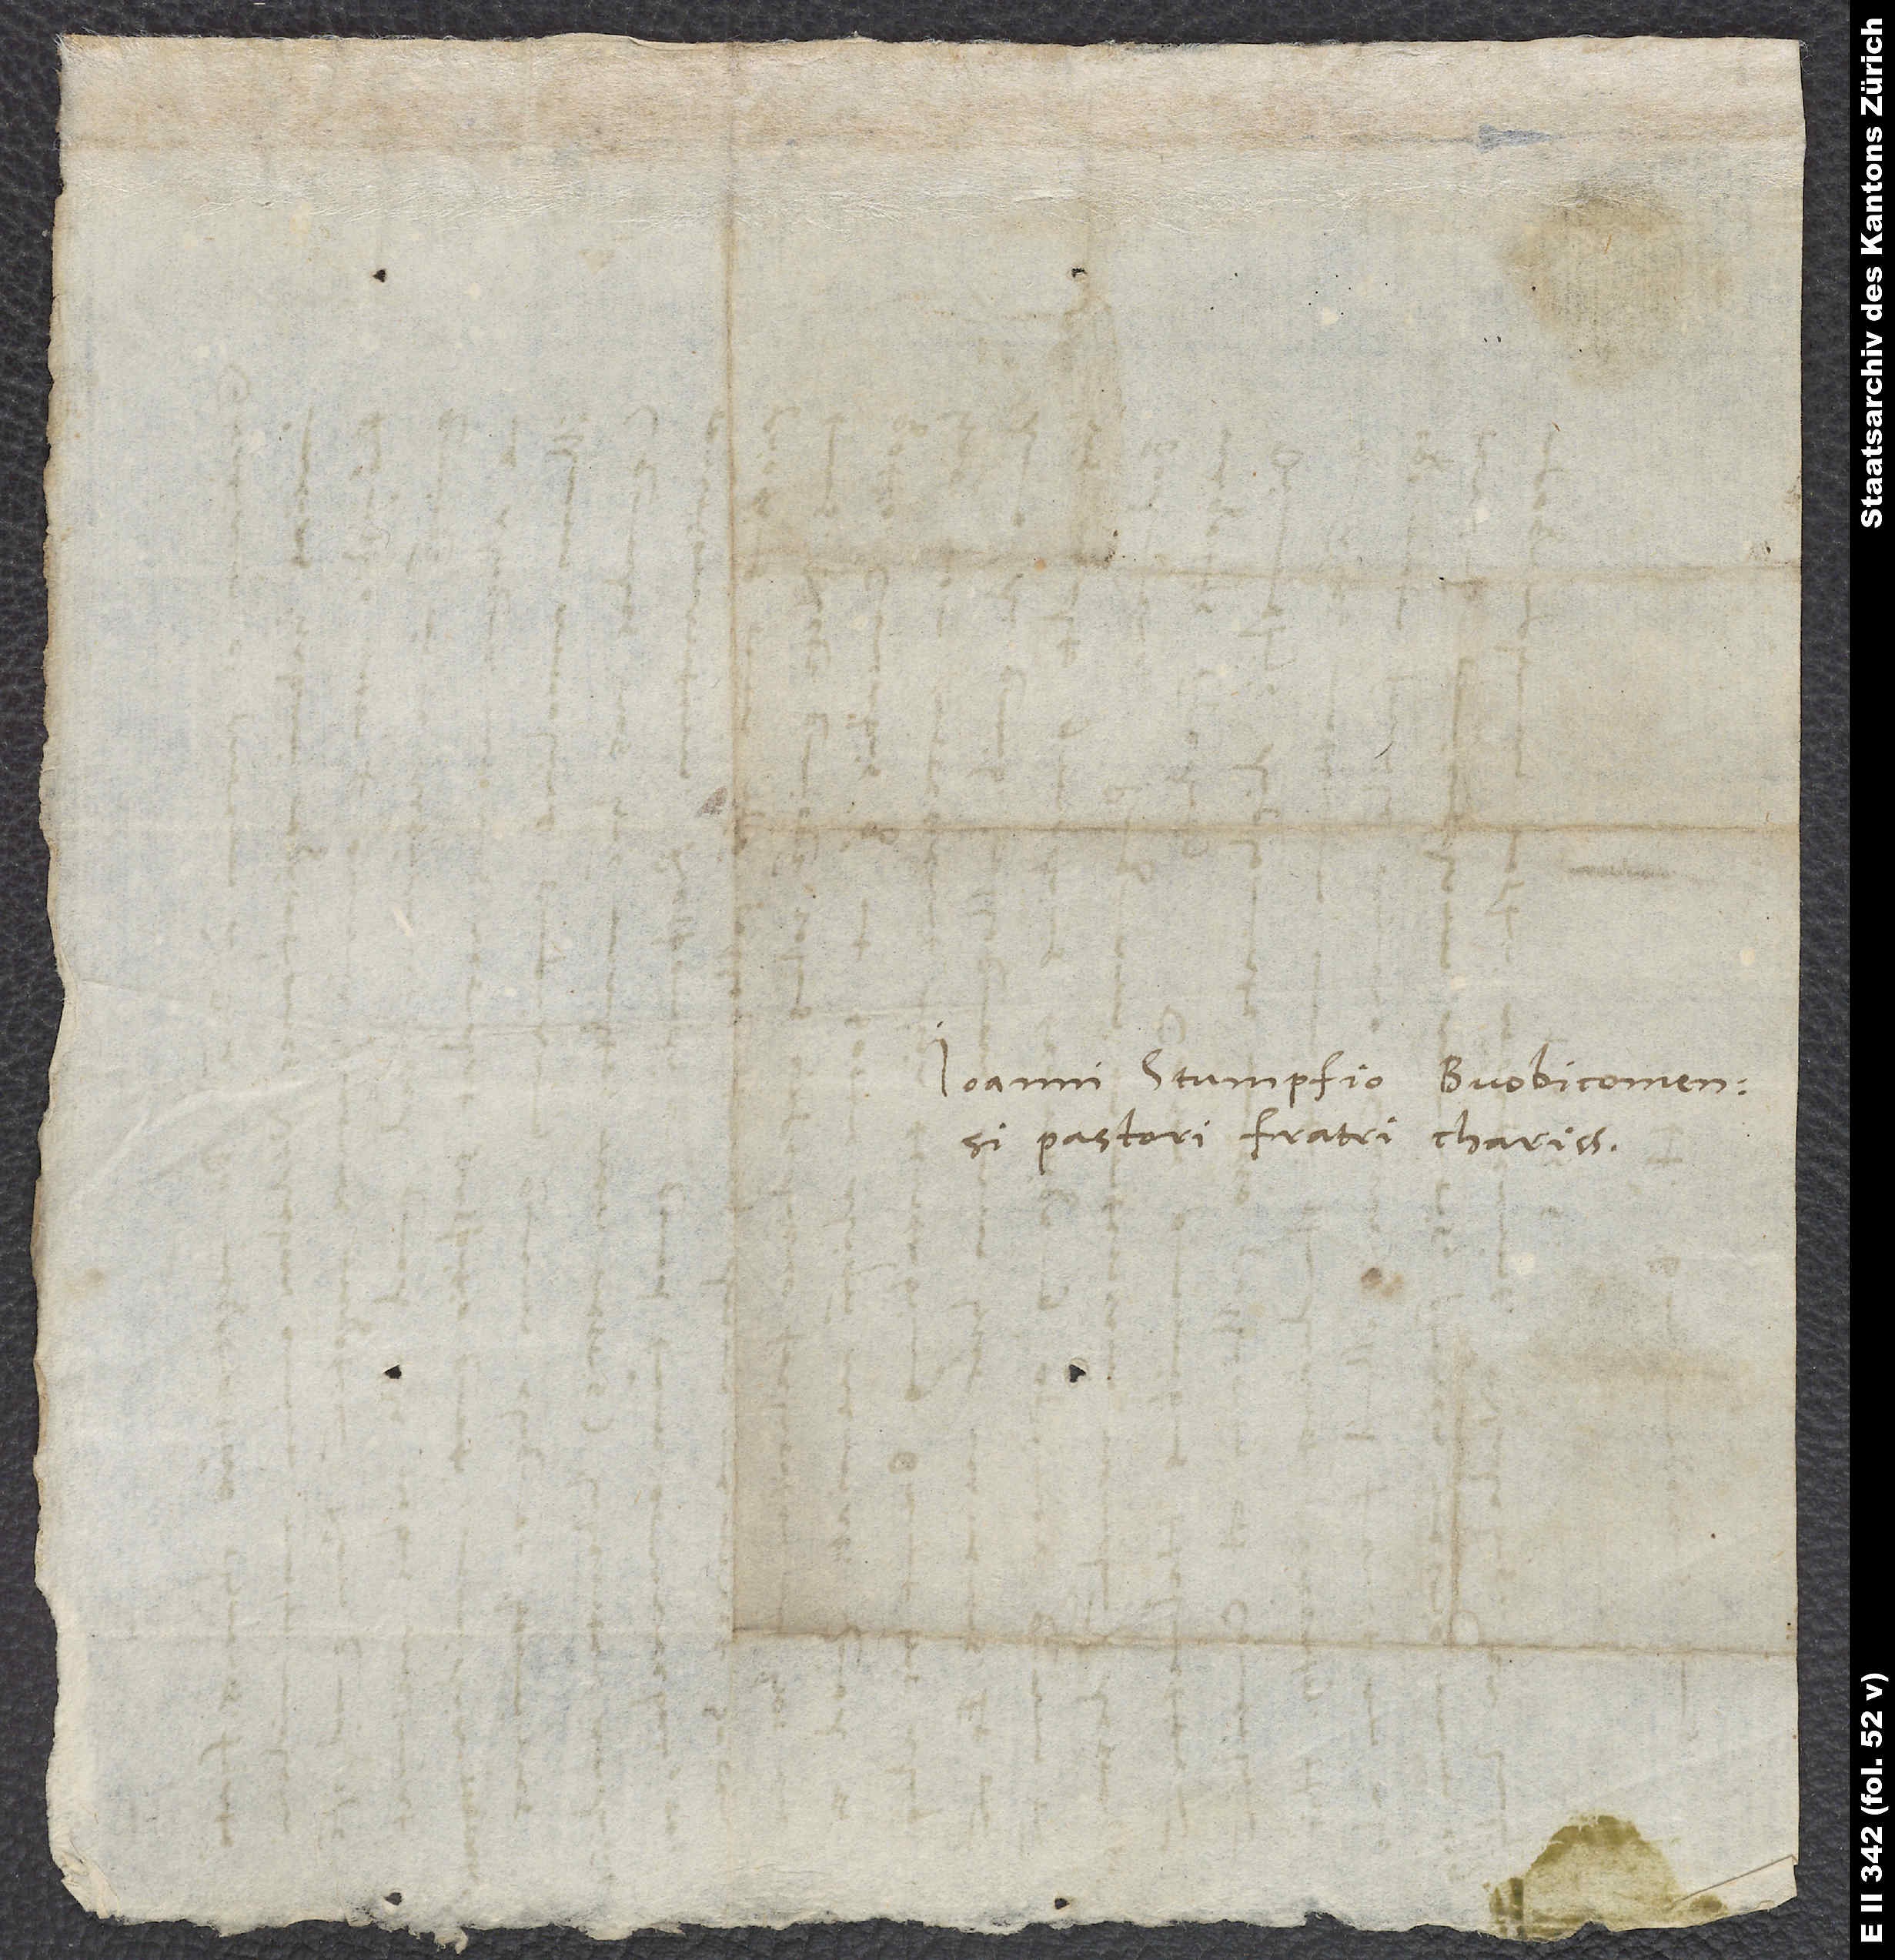
Ioanni Stumpfio Buobicomensi
pastori, fratri charissimo.